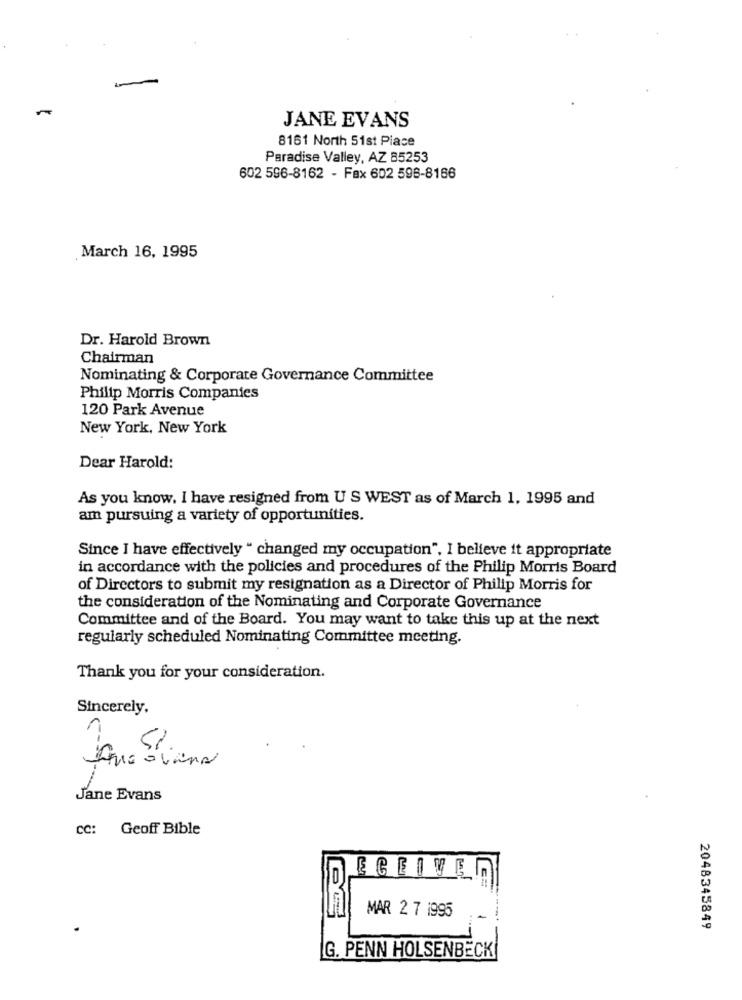
JANE EVANS
8161 North 51st Place
Paradise Valley, AZ 85253
602 596-8162 - Fax 602 598-8166
March 16, 1995
Dr. Harold Brown
Chairman
Nominating & Corporate Governance Committee
Philip Morris Companies
120 Park Avenue
New York, New York
Dear Harold:
As you know. I have resigned from US WEST as of March 1, 1995 and
am pursuing a variety of opportunities.
Since I have effectively " changed my occupation", I believe it appropriate
in accordance with the policies and procedures of the Philip Morris Board
of Directors to submit my resignation as a Director of Philip Morris for
the consideration of the Nominating and Corporate Governance
Committee and of the Board. You may want to take this up at the next
regularly scheduled Nominating Committee meeting.
Thank you for your consideration.
Sincerely.
- 2
Jane Evans
CC: Geoff Bible
MAR 2 7 1995
2048345849
G. PENN HOLSENBECK